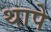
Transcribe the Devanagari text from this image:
थापे